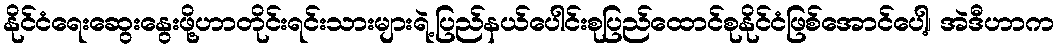
နိုင်ငံရေးဆွေးနွေးဖို့ဟာတိုင်းရင်းသားများရဲ့ပြည်နယ်ပေါင်းစုပြည်ထောင်စုနိုင်ငံဖြစ်အောင်ပေါ့၊ အဲဒီဟာက